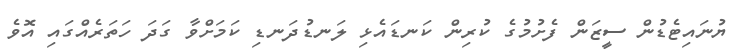
ޔުނައިޓެޑުން ސީޒަން ފެށުމުގެ ކުރިން ކަނޑައެޅި ލަނޑުދަނޑި ކަމަށްވާ ގަދަ ހަތަރެއްގައި އޮވެ